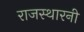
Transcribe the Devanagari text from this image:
राजस्थारनी